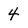
Character: 4